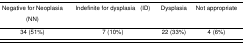
| Negative for Neoplasia (NN) | Indefinite for dysplasia (ID) | Dysplasia | Not appropriate |
 | --- | --- | --- | --- |
 | 34 (51%) | 7 (10%) | 22 (33%) | 4 (6%) |